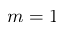
m = 1